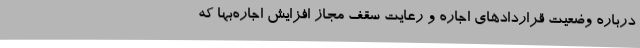
درباره وضعیت قراردادهای اجاره و رعایت سقف مجاز افزایش اجاره‌بها که